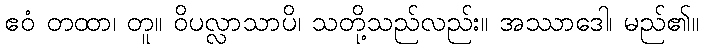
ဧဝံ တထာ၊ တူ။ ဝိပလ္လာသာပိ၊ သတို့သည်လည်း။ အဿာဒေါ၊ မည်၏။